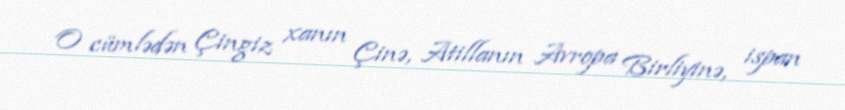
O cümlədən Çingiz xanın Çinə, Atillanın Avropa Birliyinə, ispan